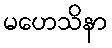
မဟေသိနာ